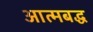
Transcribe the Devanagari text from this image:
आत्मबद्ध